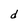
Character: e